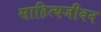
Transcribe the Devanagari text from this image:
साहित्यजीवन